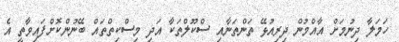
ހަމަލާ ދިނުމަށް އާއްމުން ދިރިއުޅޭ ތަންތަނާއި ސްކޫލްތަކާ އަދި މިސްކިތްތައް ބޭނުންކޮށްފައިވާތީ އެ